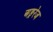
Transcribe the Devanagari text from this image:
अङ्ररेज